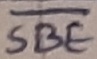
Text: SBE